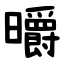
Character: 㬭